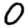
Digit: 0